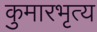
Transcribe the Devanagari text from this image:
कुमारभृत्य